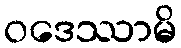
ဝဒေဿာမိ